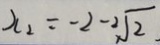
x _ { 2 } = - 2 - \sqrt [ 2 ] { 2 } .